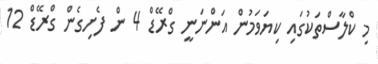
މި ކްލާސްތަކުގައި ކިޔަވަމުން އަންނަނީ ގްރޭޑް 4 ން ފެށިގެން ގްރޭޑް 12